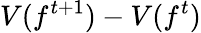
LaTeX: V(f^{t+1})-V(f^{t})